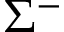
\Sigma ^ { - }